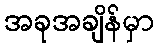
အခုအချိန်မှာ